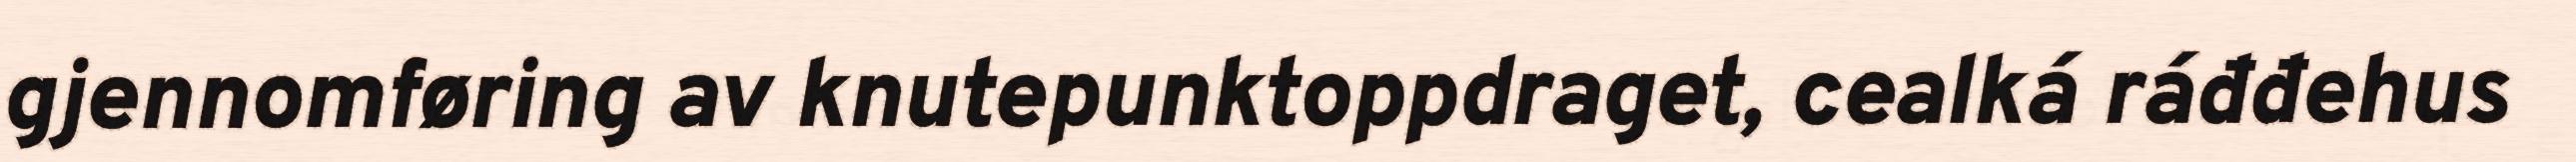
gjennomføring av knutepunktoppdraget, cealká ráđđehus